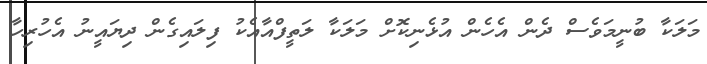
މަލަކާ ބުނީމަވެސް ދެން އެހެން އުޅެނިކޮށް މަލަކާ ލަތީފްއާއެކު ފިލައިގެން ދިޔައީނު އެހުރިހާ